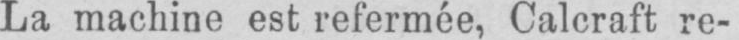
La machine est refermée, Calcraft re-